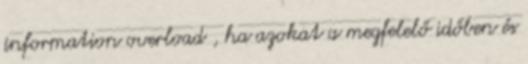
information overload , ha azokat a megfelelő időben és